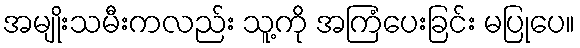
အမျိုးသမီးကလည်း သူ့ကို အကြံပေးခြင်း မပြုပေ။